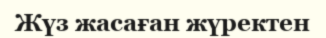
Жүз жасаған жүректен